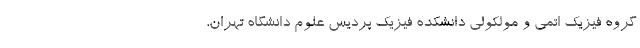
گروه فیزیک اتمی و مولکولی دانشکده فیزیک پردیس علوم دانشگاه تهران،